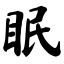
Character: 眠